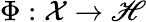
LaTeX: \Phi:\mathcal X\to\mathscr{H}